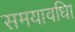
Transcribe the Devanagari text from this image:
समयावधिा